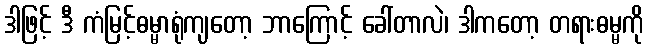
ဒါဖြင့် ဒီ ကံမြင့်ဓမ္မာရုံကျတော့ ဘာကြောင့် ခေါ်တာလဲ၊ ဒါကတော့ တရားဓမ္မကို